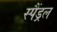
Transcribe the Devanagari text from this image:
स्पैंड्रल